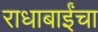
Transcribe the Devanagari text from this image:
राधाबाईंचा